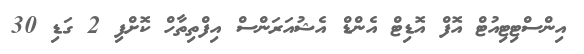
އިންސްޓިޓިއުޓް އޮފް އޮޑިޓް އެންޑް އެޝުއަރަންސް އިފްތިތާހް ކޮށްފި 2 ގަޑި 30